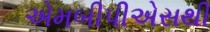
એમબીપીએસથી